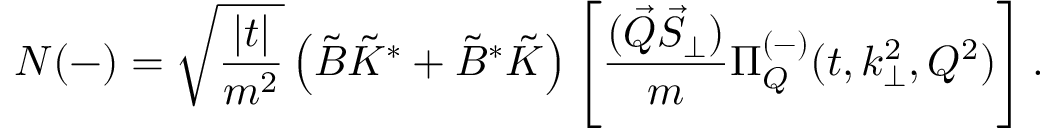
N ( - ) = \sqrt { \frac { | t | } { m ^ { 2 } } } \left( \tilde { B } \tilde { K } ^ { * } + \tilde { B } ^ { * } \tilde { K } \right) \left[ \frac { ( \vec { Q } \vec { S } _ { \perp } ) } { m } \Pi _ { Q } ^ { ( - ) } ( t , k _ { \perp } ^ { 2 } , Q ^ { 2 } ) \right] .